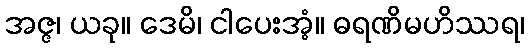
အဇ္ဇ၊ ယခု။ ဒေမိ၊ ငါပေးအံ့။ ဓရဏိမဟိဿရ၊